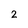
Character: 2